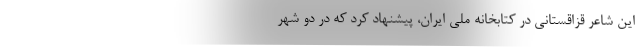
این شاعر قزاقستانی در کتابخانه ملی ایران، پیشنهاد کرد که در دو شهر